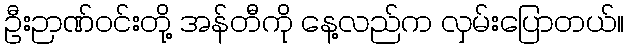
ဦးဉာဏ်ဝင်းတို့ အန်တီကို နေ့လည်က လှမ်းပြောတယ်။